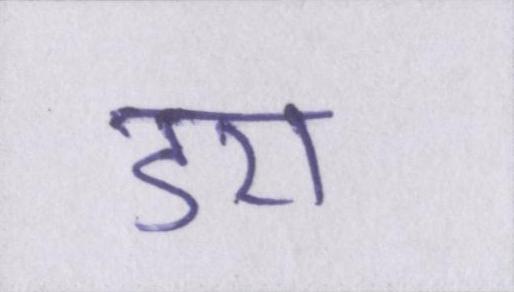
डरा